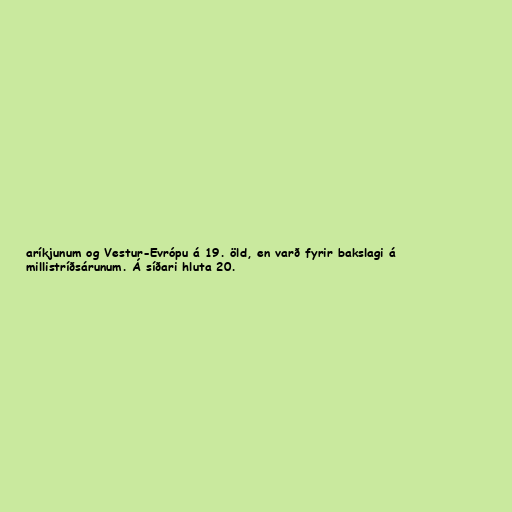
aríkjunum og Vestur-Evrópu á 19. öld, en varð fyrir bakslagi á
millistríðsárunum. Á síðari hluta 20.